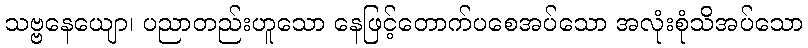
သဗ္ဗနေယျော၊ ပညာတည်းဟူသော နေဖြင့်တောက်ပစေအပ်သော အလုံးစုံသိအပ်သော